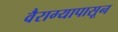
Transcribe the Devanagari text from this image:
वैराग्यापासून